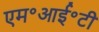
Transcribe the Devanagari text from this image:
एम॰आई॰टी